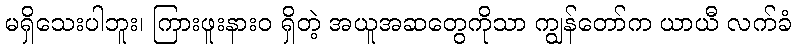
မရှိသေးပါဘူး၊ ကြားဖူးနားဝ ရှိတဲ့ အယူအဆတွေကိုသာ ကျွန်တော်က ယာယီ လက်ခံ